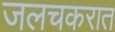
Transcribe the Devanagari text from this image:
जलचकरात